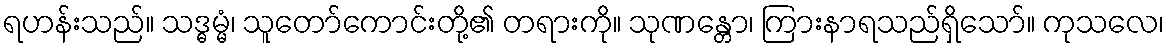
ရဟန်းသည်။ သဒ္ဓမ္မံ၊ သူတော်ကောင်းတို့၏ တရားကို။ သုဏန္တော၊ ကြားနာရသည်ရှိသော်။ ကုသလေ၊